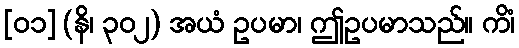
[၀၁] (နိ၊ ၃၀၂) အယံ ဥပမာ၊ ဤဥပမာသည်။ ကိံ၊